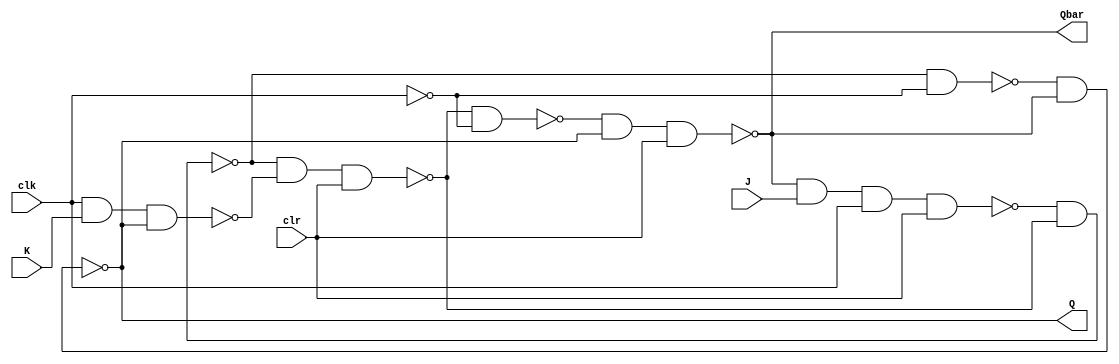
module JK_flipflop(Q,Qbar,J,K,clk,clr);
input J,K,clk,clr;
output Q,Qbar;

wire n1,n2,n3,n4,clkn;
wire [1:0]q;

nand(n1,Qbar,J,clk,clr);
nand(n2,clk,K,Q);
nand(q[0],n1,q[1]);
nand(q[1],q[0],n2,clr);

not(clkn,clk);

nand(n3,q[0],clkn);
nand(n4,q[1],clkn);
nand(Q,n3,Qbar);
nand(Qbar,n4,Q,clr);

endmodule


/*module JK_flipflop_tb;
reg J,K,clk,clr;
wire Q,Qbar;
JK_flipflop jkff(Q,Qbar,J,K,clk,clr);
initial begin

J=1'b1; K=1'b1; clk=1'b1; clr=1'b0; #50;
J=1'b1; K=1'b1; clk=0'b1; clr=1'b0; #50;
J=1'b1; K=1'b1; clk=1'b1; clr=1'b0; #50;
J=1'b1; K=1'b1; clk=0'b1; clr=1'b0; #50;
J=1'b1; K=1'b1; clk=1'b1; clr=1'b0; #50;
J=1'b1; K=1'b1; clk=0'b1; clr=1'b0; #50;
J=1'b1; K=1'b1; clk=1'b1; clr=1'b0; #50;
J=1'b1; K=1'b1; clk=0'b1; clr=1'b0; #50;
end endmodule
*/